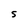
Character: S